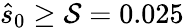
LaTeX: \hat{s}_{0}\ge\mathcal{S}=0.025